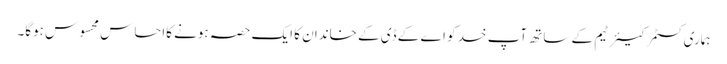
ہماری کسٹمر کیئر ٹیم کے ساتھ آپ خد کو اے کے ڈی کے خاندان کا ایک حصہ ہونے کااحساس محسوس ہوگا۔